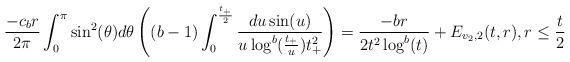
LaTeX: \begin{align*}\frac{-c_{b}r}{2\pi} \int_{0}^{\pi} \sin^{2}(\theta) d\theta \left((b-1) \int_{0}^{\frac{t_{+}}{2}} \frac{du \sin(u)}{u \log^{b}(\frac{t_{+}}{u}) t_{+}^{2}}\right)= \frac{-b r}{2 t^{2} \log^{b}(t)} + E_{v_{2},2}(t,r), r \leq \frac{t}{2}\end{align*}